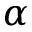
\alpha